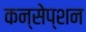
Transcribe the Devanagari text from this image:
कन्सेप्शन